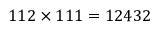
1 1 2 \times 1 1 1 = 1 2 4 3 2